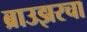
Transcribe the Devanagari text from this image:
ब्राउझरचा